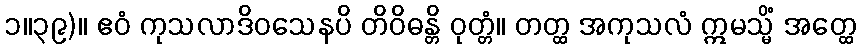
၁။၃၉)။ ဧဝံ ကုသလာဒိဝသေနပိ တိဝိဓန္တိ ဝုတ္တံ။ တတ္ထ အကုသလံ ဣမသ္မိံ အတ္ထေ